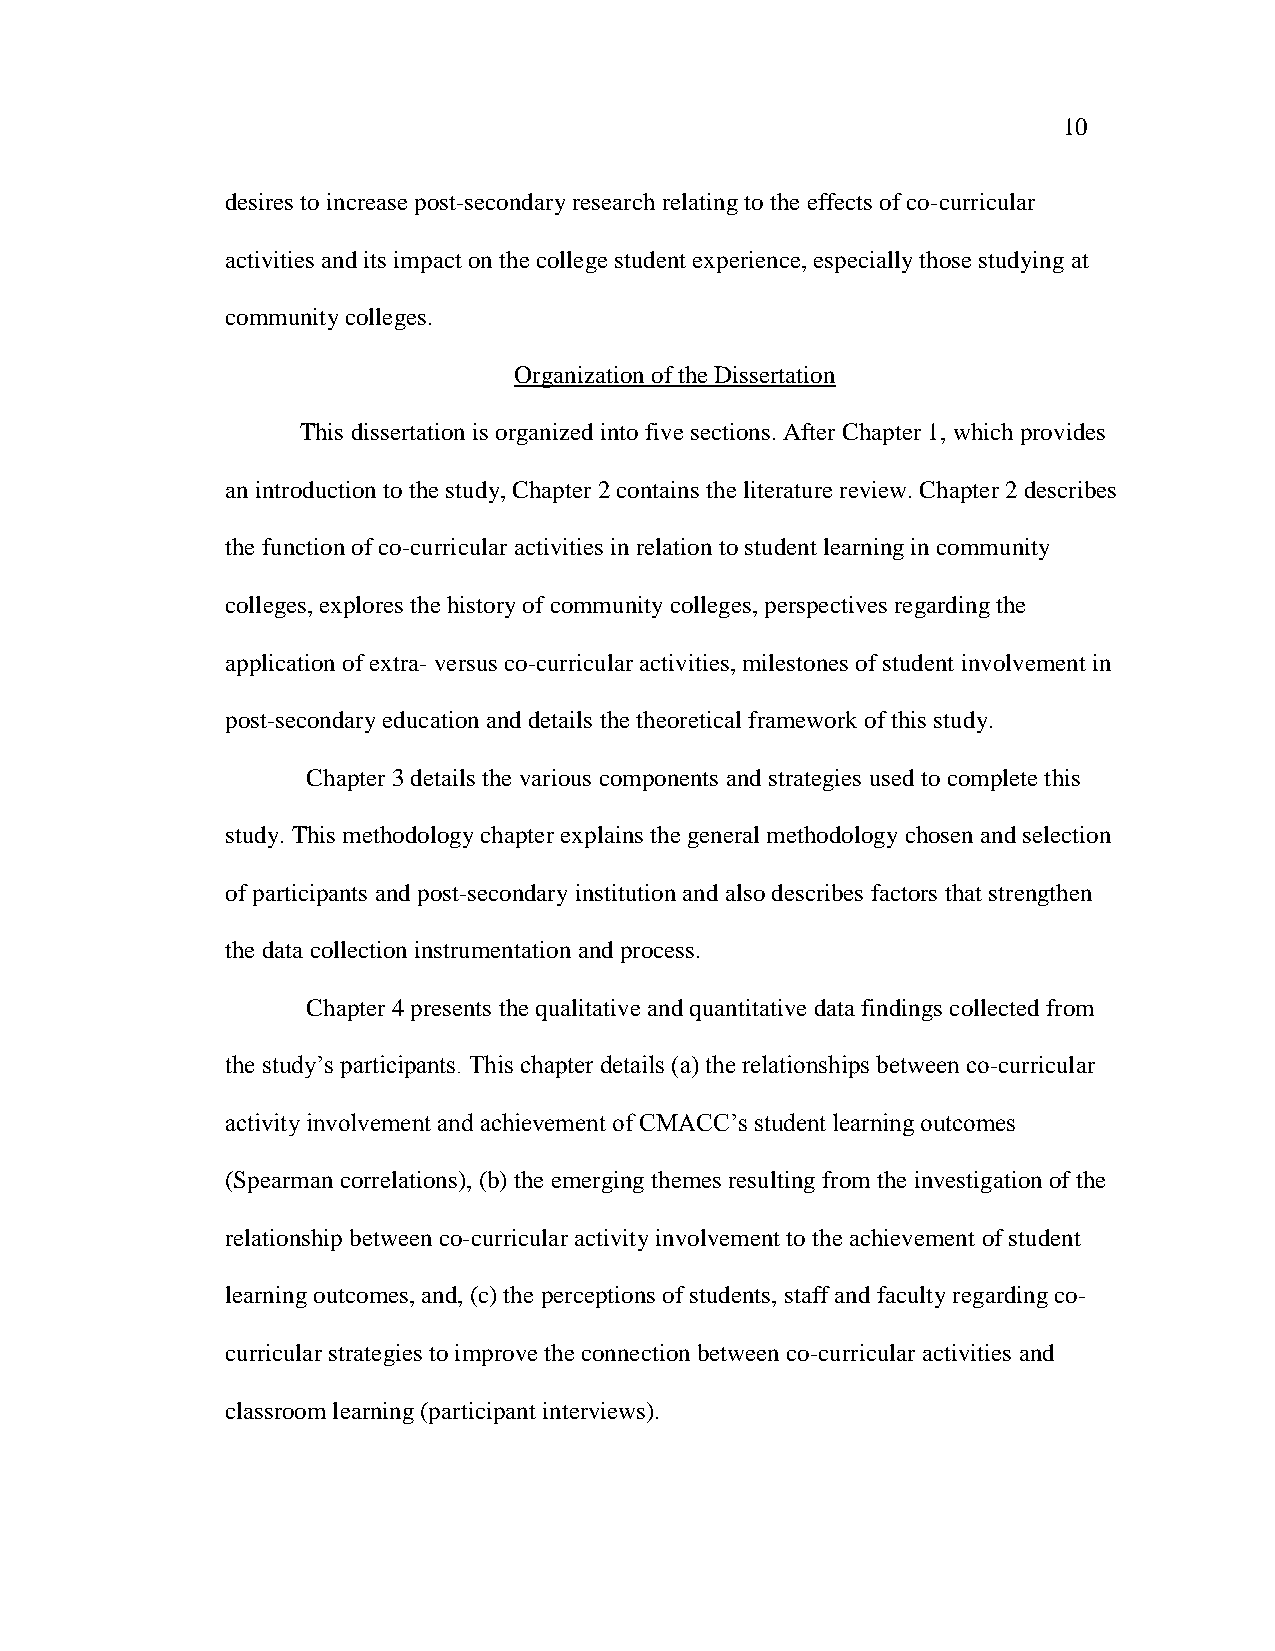
10
 desires to increase post-secondary research relating to the effects of co-curricular
 activities and its impact on the college student experience, especially those studying at
 community colleges.
 Organization of the Dissertation
 This dissertation is organized into five sections. After Chapter 1, which provides
 an introduction to the study, Chapter 2 contains the literature review. Chapter 2 describes
 the function of co-curricular activities in relation to student learning in community
 colleges, explores the history of community colleges, perspectives regarding the
 application of extra- versus co-curricular activities, milestones of student involvement in
 post-secondary education and details the theoretical framework of this study.
 Chapter 3 details the various components and strategies used to complete this
 study. This methodology chapter explains the general methodology chosen and selection
 of participants and post-secondary institution and also describes factors that strengthen
 the data collection instrumentation and process.
 Chapter 4 presents the qualitative and quantitative data findings collected from
 the study‘s participants. This chapter details (a) the relationships between co-curricular
 activity involvement and achievement of CMACC‘s student learning outcomes
 (Spearman correlations), (b) the emerging themes resulting from the investigation of the
 relationship between co-curricular activity involvement to the achievement of student
 learning outcomes, and, (c) the perceptions of students, staff and faculty regarding co-
 curricular strategies to improve the connection between co-curricular activities and
 classroom learning (participant interviews).